Civil Veterinary Dept. Assam report 1927-50 - 1927-1950
Year: 1927
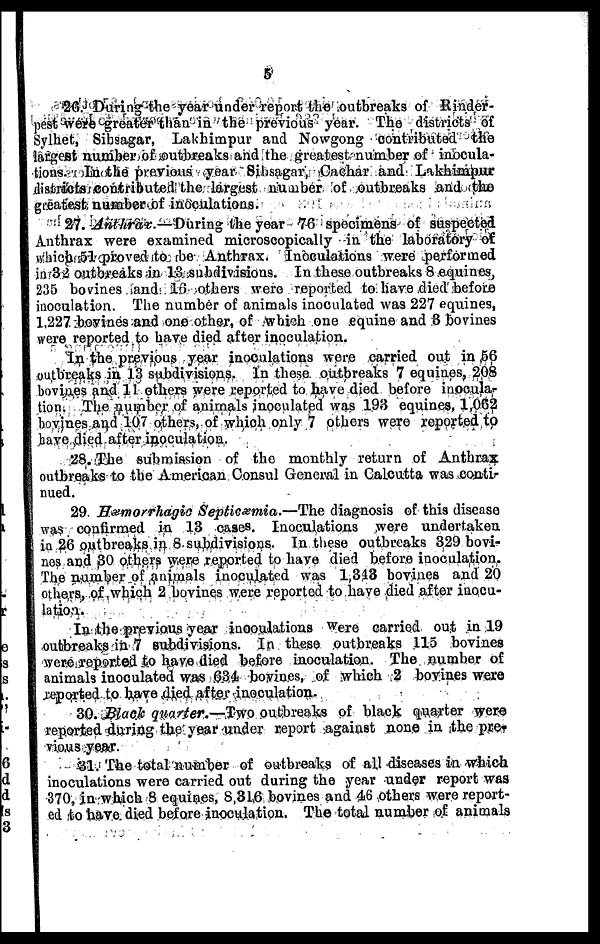
5
26. During the year under report the outbreaks of Rinder-
pest were greater than in the previous year. The districts of
Sylhet, Sibsagar, Lakhimpur and Nowgong contributed the
largest number of outbreaks and the greatest number of inocula-
tions. In the previous year Sibsagar, Cachar and Lakhimpur
districts contributed the largest number of outbreaks and the
greatest; number of inoculations.
27. Anthrax.— During the year 70 specimens of suspected
Anthrax were examined microscopically in the laboratory of
which 51 proved to be Anthrax. Inoculations were performed
in 32 outbreaks in 13 subdivisions. In these outbreaks 8 equines,
235 bovines and 16 others were reported to have died before
inoculation. The number of animals inoculated was 227 equines,
1,227 bovines and one other, of which one equine and 3 bovines
were reported to have died after inoculation.
In the previous year inoculations were carried out in ,50
outbreaks in 13 subdivisions. In these outbreaks 7 equines, 208
bovines and 11 others were reported to have died before inocula-
tion. The number of animals inoculated was 193 equines, 1,062
bovines and 107 others, of which only 7 others were reported to
have died after inoculation.
28. The submission of the monthly return of Anthrax
outbreaks to the American Consul General in Calcutta was conti-
nued.
29 Hæmorrhagic Septicæmia.—The diagnosis of this disease
was confirmed in 13 cases. Inoculations were undertaken
in 20 outbreaks in 8 subdivisions. In these outbreaks 329 bovi-
nes and 30 others were reported to have died before inoculation.
The number of animals inoculated was 1,313 bovines and 20
others, of which 2 bovines were reported to have died after inocu-
lation.
In the previous year inoculations were carried out in 19
outbreaks in 7 subdivisions. In these outbreaks 115 bovines
were reported to have died before inoculation. The number of
animals inoculated was 034 bovines, of which 2 bovines were
reported to have died after inoculation.
30. Black quarter.—Two outbreaks of black quarter were
reported during the year under report against none in the pre-
vious year.
31. The total number of outbreaks of all diseases in which
inoculations were carried out during the year under report was
370, in which 8 equines, 8,316 bovines and 46 others were report-
ed to have died before inoculation. The total number of animals